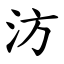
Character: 汸